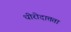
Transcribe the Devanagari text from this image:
धीरोदात्तता